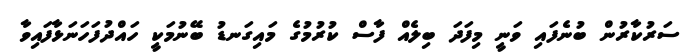
ސަރުކާރުން ބުނެފައި ވަނީ މިފަދަ ބިލެއް ފާސް ކުރުމުގެ މައިގަނޑު ބޭނުމަކީ ހައްދުފަހަނަޅާފައިވާ